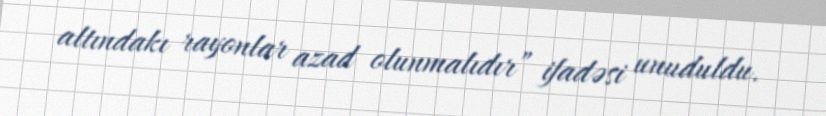
altındakı rayonlar azad olunmalıdır” ifadəsi unuduldu.